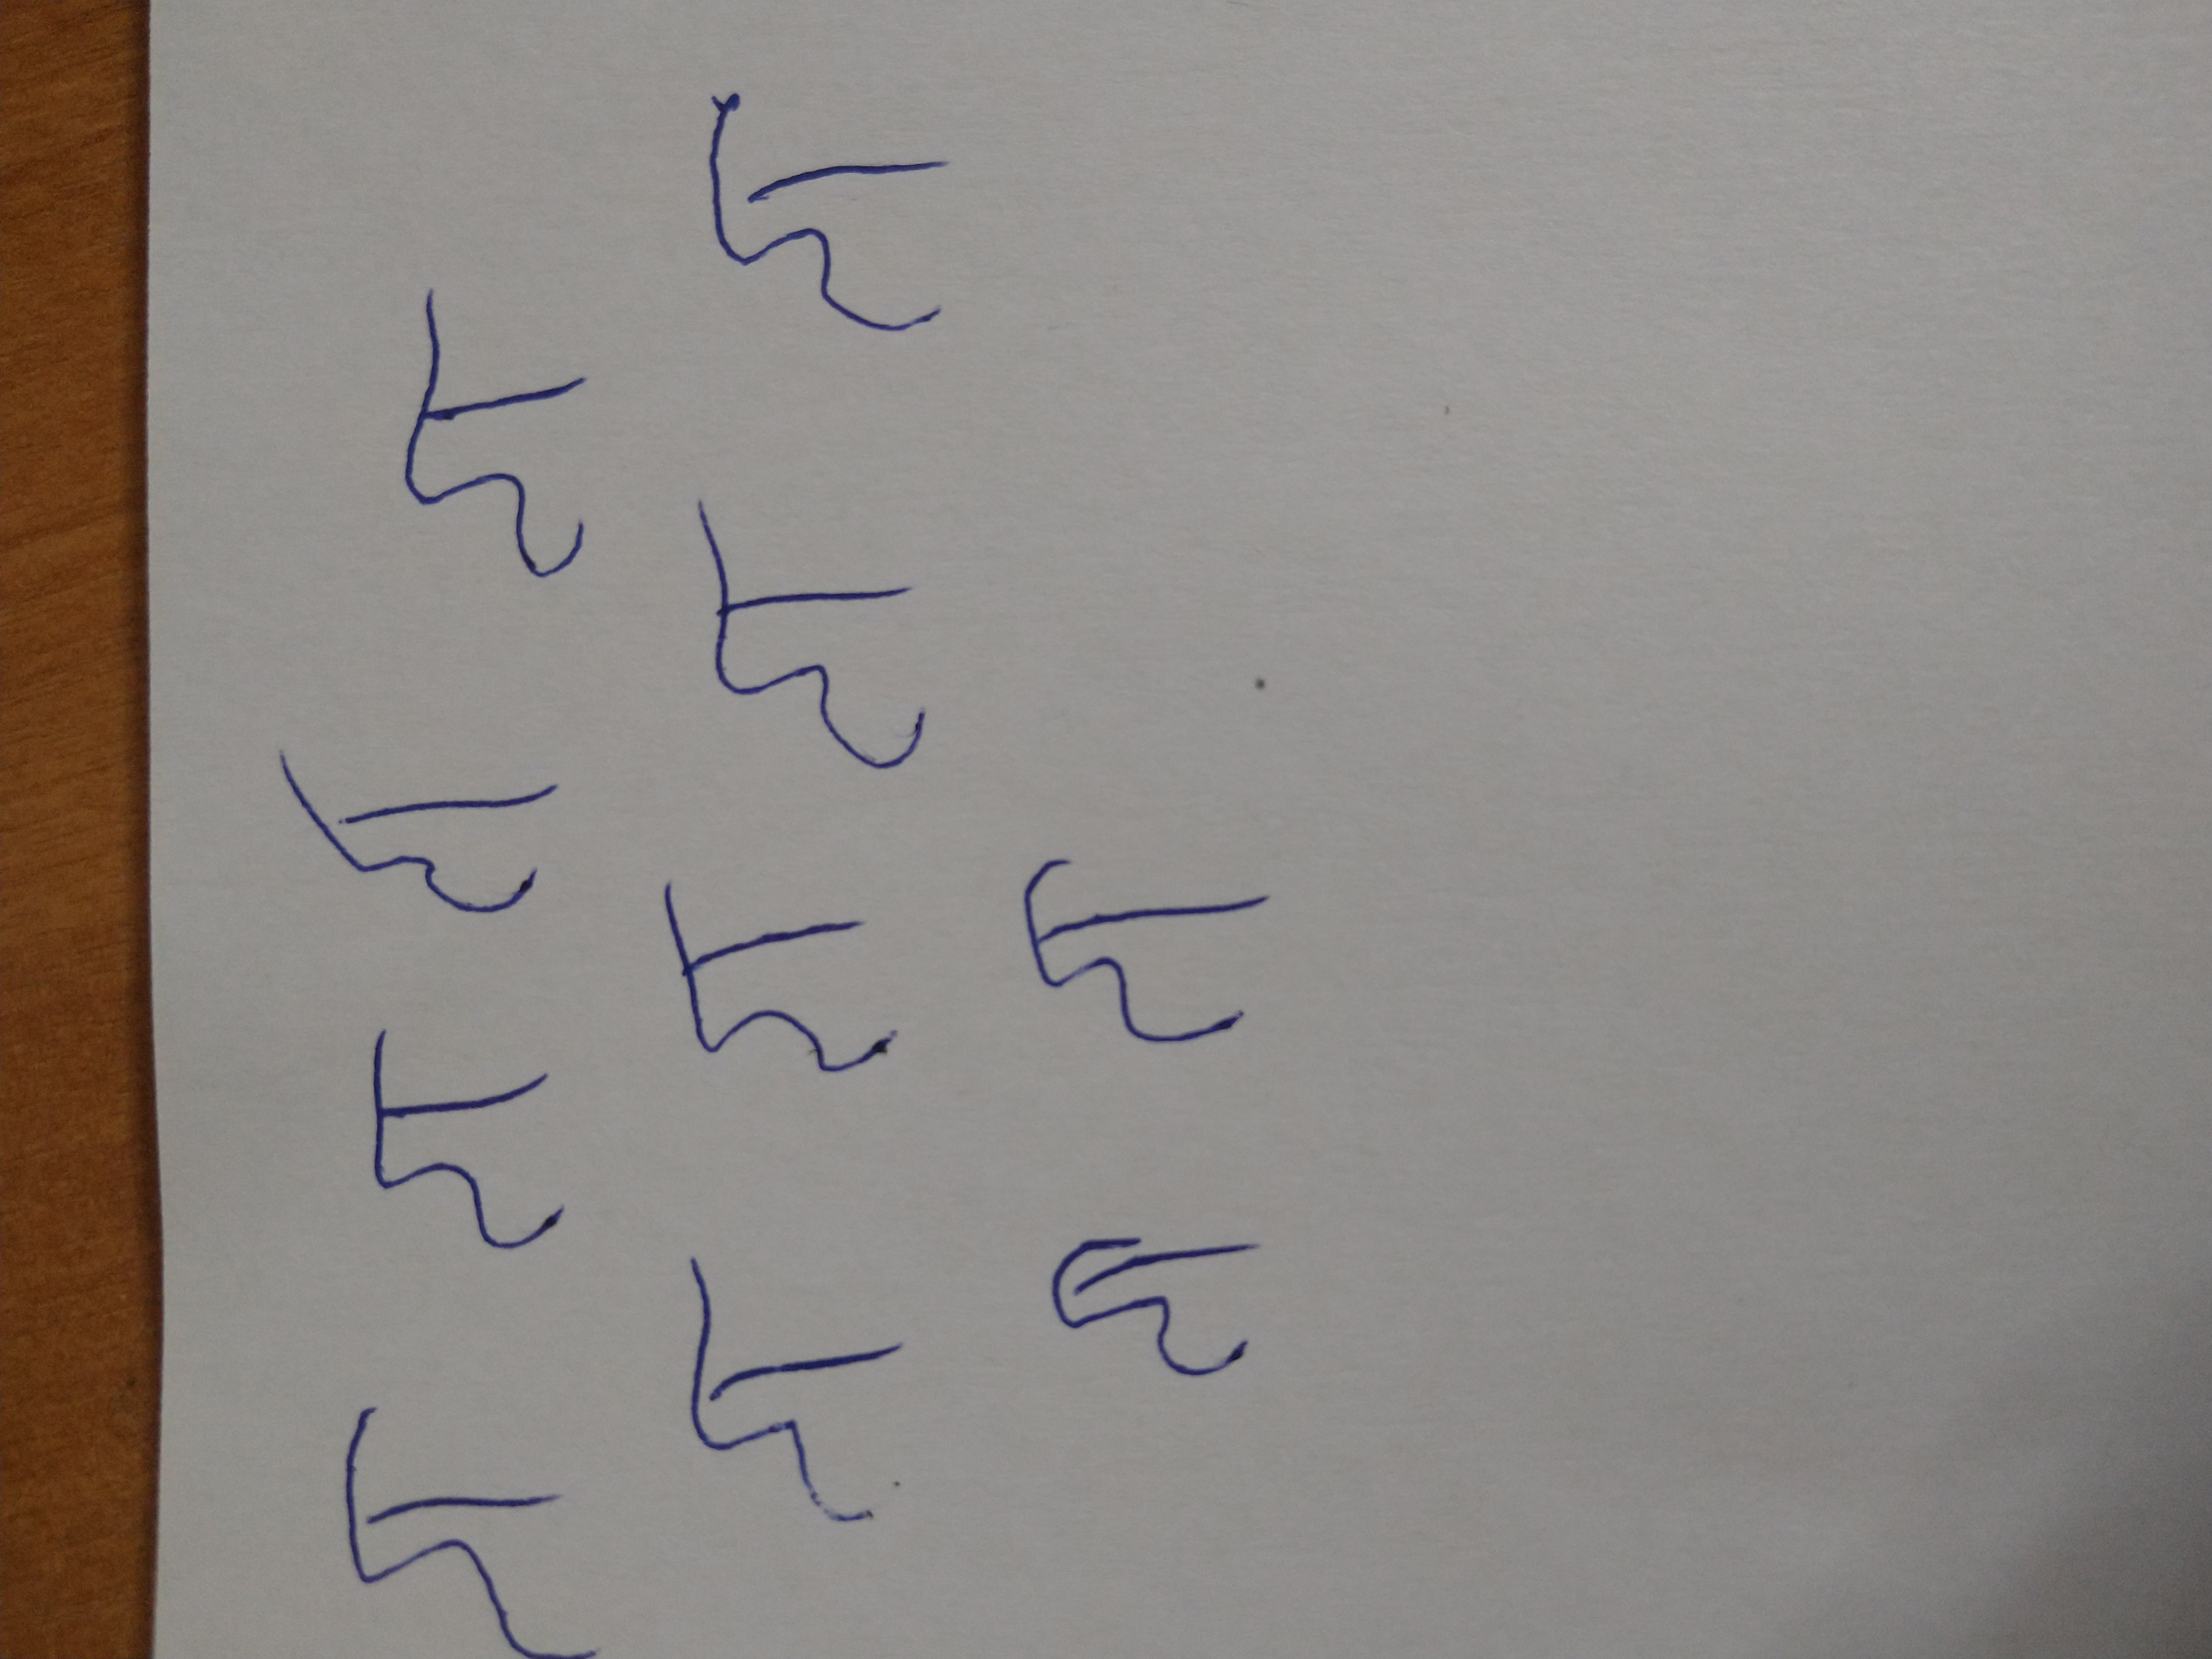
Signature authenticity: forged